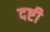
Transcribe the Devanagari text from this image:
दष्टी